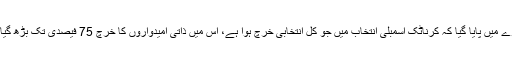
سروے میں پایا گیا کہ کرناٹک اسمبلی انتخاب میں جو کل انتخابی خرچ ہوا ہے، اس میں ذاتی امیدواروں کا خرچ 75 فیصدی تک بڑھ گیا ہے۔